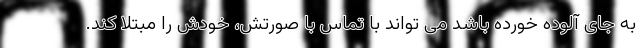
به جای آلوده خورده باشد می تواند با تماس با صورتش، خودش را مبتلا کند.